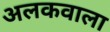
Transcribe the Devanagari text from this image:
अलकवाला